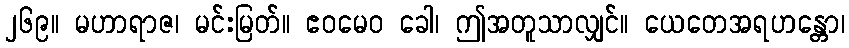
၂၆၉။ မဟာရာဇ၊ မင်းမြတ်။ ဧဝမေဝ ခေါ၊ ဤအတူသာလျှင်။ ယေတေအရဟန္တော၊